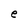
Character: e